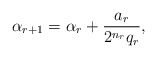
\begin{align*}\alpha_{r+1}=\alpha_r + \frac{a_r}{2^{n_{r}} {q_r}},\end{align*}